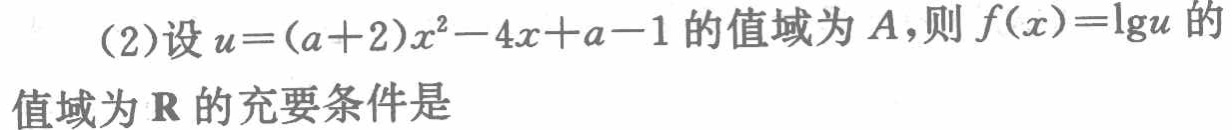
(2)设$u=(a + 2)x^{2}-4x + a - 1$的值域为$A$,则$f(x)=\lg u$的值域为$\mathbf{R}$的充要条件是